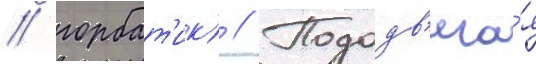
/ горбат'ик) // Пододв'ига́я